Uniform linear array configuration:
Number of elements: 8
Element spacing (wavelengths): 0.25
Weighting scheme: uniform
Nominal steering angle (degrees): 45
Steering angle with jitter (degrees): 45.423
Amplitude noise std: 0.05
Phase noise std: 0.05

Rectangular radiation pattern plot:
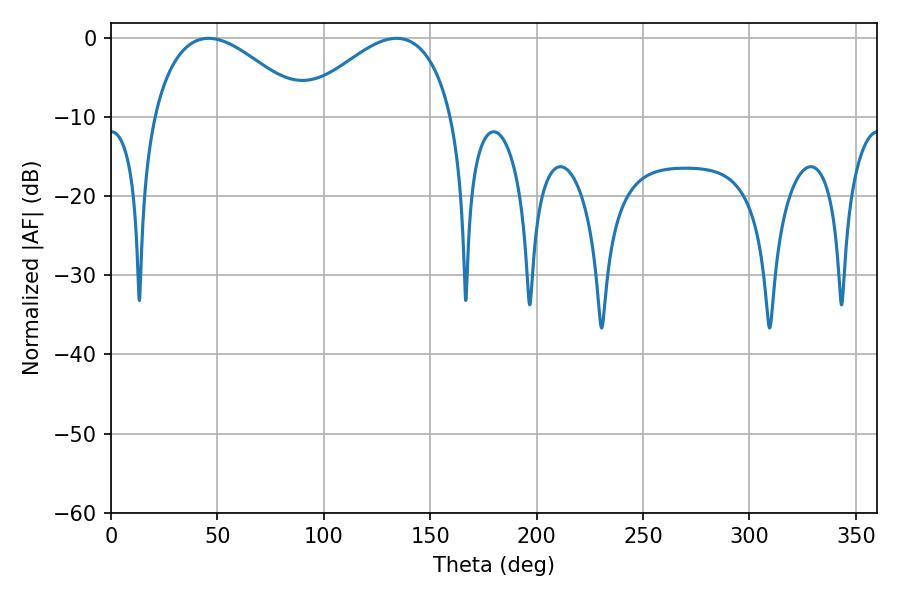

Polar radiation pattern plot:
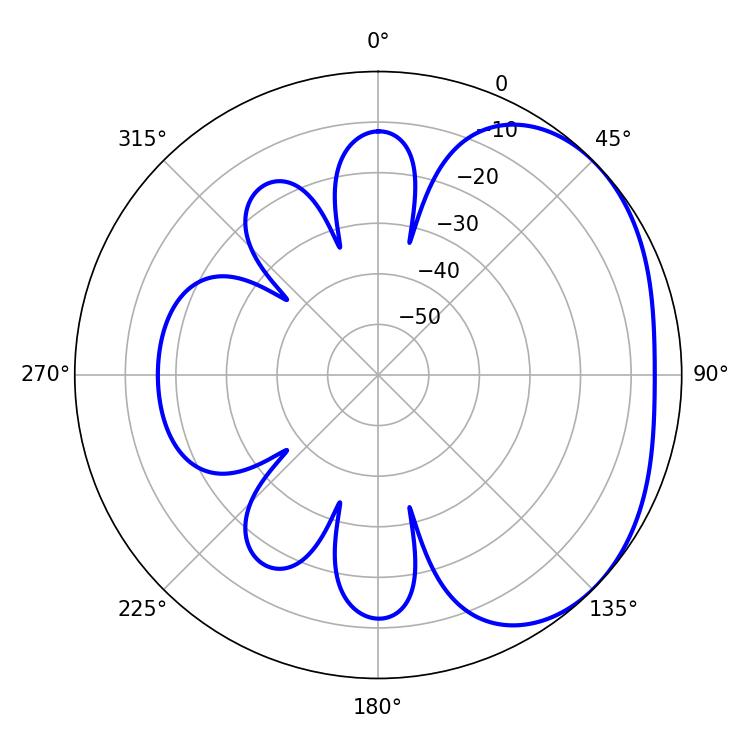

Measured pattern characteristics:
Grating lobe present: FALSE
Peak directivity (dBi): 2.638
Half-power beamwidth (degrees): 39.42
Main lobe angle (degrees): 45.9